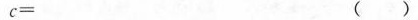
c= ( )